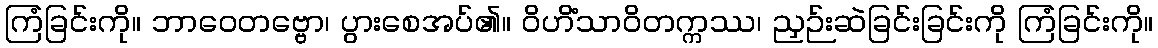
ကြံခြင်းကို။ ဘာဝေတဗ္ဗော၊ ပွားစေအပ်၏။ ဝိဟိံသာဝိတက္ကဿ၊ ညှဉ်းဆဲခြင်းခြင်းကို ကြံခြင်းကို။